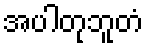
အပါတုဘူတံ